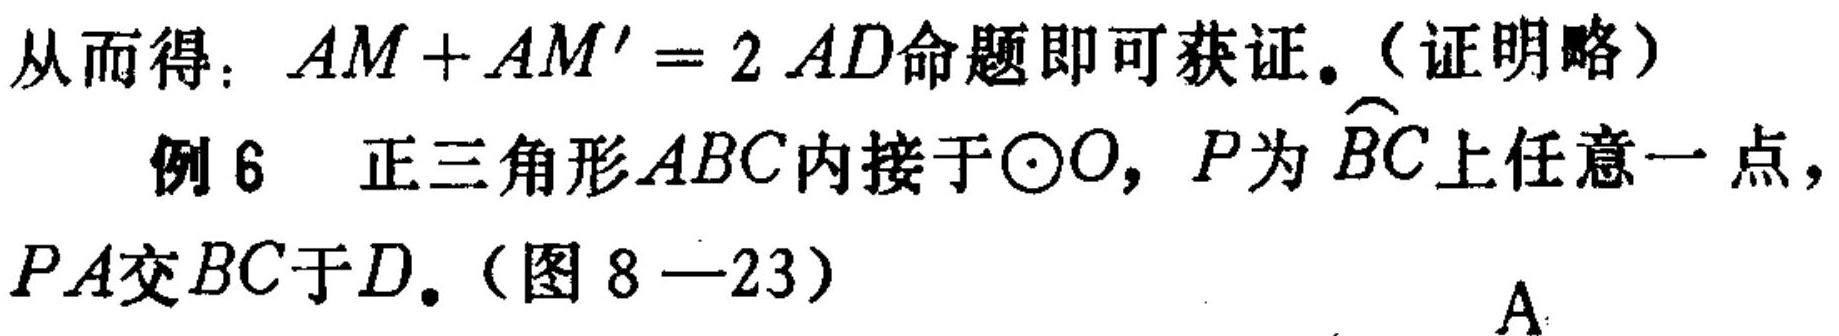
从而得：\(AM + AM' = 2AD\)命题即可获证。（证明略）
例 6 正三角形\(ABC\)内接于\(\odot O\)，\(P\)为\(\overset{\frown}{BC}\)上任意一点，
\(PA\)交\(BC\)于\(D\)。（图 8—23）